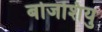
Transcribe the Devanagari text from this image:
बोजशियु